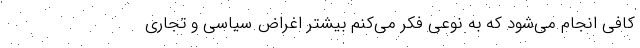
کافی انجام می‌شود که به نوعی فکر می‌کنم بیشتر اغراض سیاسی و تجاری